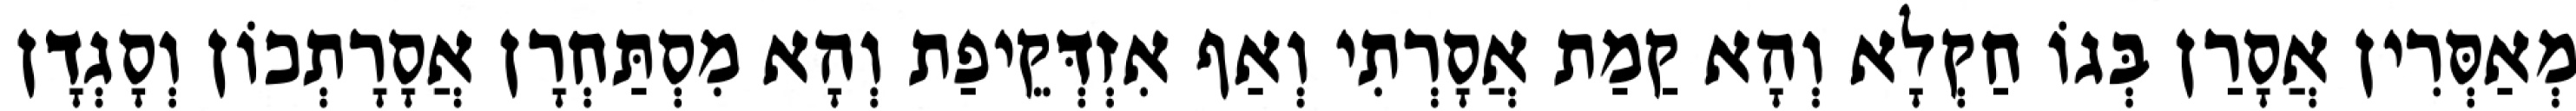
מְאַסְּרִין אֲסָרַן בְּגוֹ חַקְלָא וְהָא קַמַת אֲסָרְתִי וְאַף אִזְדְּקֵיפַת וְהָא מִסְתַּחְרָן אֲסָרָתְכוֹן וְסָגְדָן